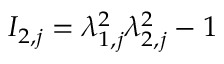
I _ { 2 , j } = \lambda _ { 1 , j } ^ { 2 } \lambda _ { 2 , j } ^ { 2 } - 1